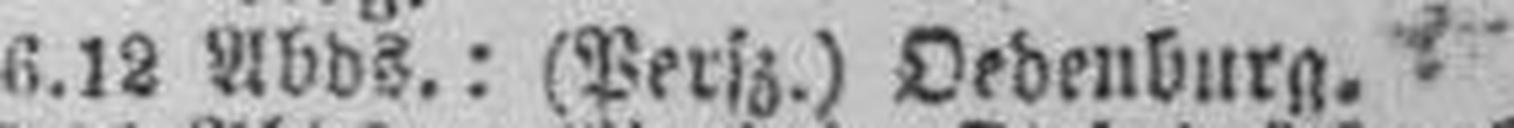
6.12 Abds.: (Persz.) Oedenburg.